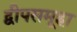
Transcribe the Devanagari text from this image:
द्वीपसमूहा